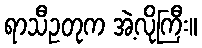
ရာသီဥတုက အဲ့လိုကြီး။